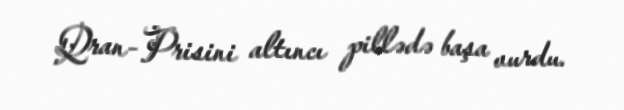
Qran-Prisini altıncı pillədə başa vurdu.